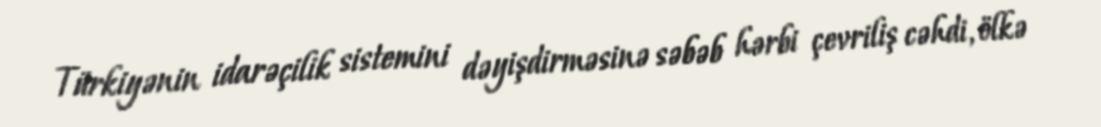
Türkiyənin idarəçilik sistemini dəyişdirməsinə səbəb hərbi çevriliş cəhdi, ölkə